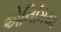
એનિમિયા